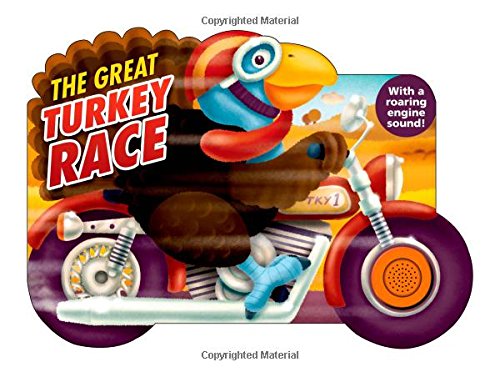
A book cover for The Great Turkey Race (Shaped Board Books); Roger Priddy; Sports & Outdoors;